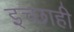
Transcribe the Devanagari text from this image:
इच्छाही